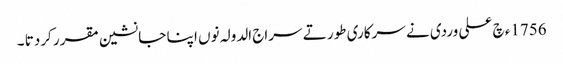
1756ء چ علی وردی نے سرکاری طور تے سراج الدولہ نوں ا پنا جانشین مقرر کردتا ۔